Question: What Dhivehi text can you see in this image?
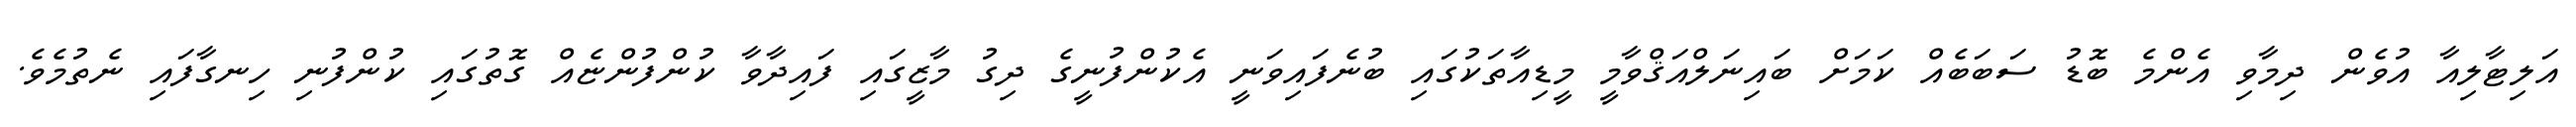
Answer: އަލިޓާލިއާ އުވެން ދިމާވި އެންމެ ބޮޑު ސަބަބެއް ކަމަށް ބައިނަލްއަޤްވާމީ މީޑިއާތަކުގައި ބުނެފައިވަނީ އެކުންފުނީގެ ދިގު މާޒީގައި ފައިދާވާ ކުންފުންޏެއް ގޮތުގައި ކުންފުނި ހިނގާފައި ނެތުމެވެ.